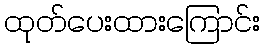
ထုတ်ပေးထားကြောင်း